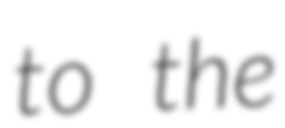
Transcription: to the